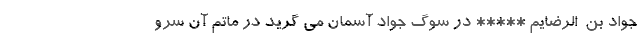
جواد بن ُ الرّضایم ***** در سوگ جواد آسمان می گرید در ماتم آن سرو